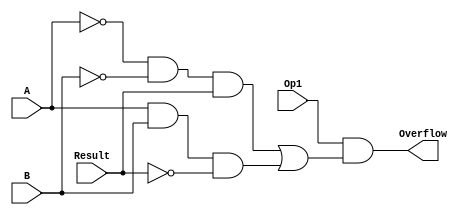
// Copyright (C) 2018  Intel Corporation. All rights reserved.
// Your use of Intel Corporation's design tools, logic functions 
// and other software and tools, and its AMPP partner logic 
// functions, and any output files from any of the foregoing 
// (including device programming or simulation files), and any 
// associated documentation or information are expressly subject 
// to the terms and conditions of the Intel Program License 
// Subscription Agreement, the Intel Quartus Prime License Agreement,
// the Intel FPGA IP License Agreement, or other applicable license
// agreement, including, without limitation, that your use is for
// the sole purpose of programming logic devices manufactured by
// Intel and sold by Intel or its authorized distributors.  Please
// refer to the applicable agreement for further details.

// PROGRAM		"Quartus Prime"
// VERSION		"Version 18.1.0 Build 625 09/12/2018 SJ Lite Edition"
// CREATED		"Sat Nov 21 12:34:12 2020"

module OverflowDetection(
	Op1,
	A,
	B,
	Result,
	Overflow
);


input wire	Op1;
input wire	A;
input wire	B;
input wire	Result;
output wire	Overflow;

wire	SYNTHESIZED_WIRE_0;
wire	SYNTHESIZED_WIRE_1;
wire	SYNTHESIZED_WIRE_2;
wire	SYNTHESIZED_WIRE_3;
wire	SYNTHESIZED_WIRE_4;
wire	SYNTHESIZED_WIRE_5;
wire	SYNTHESIZED_WIRE_6;
wire	SYNTHESIZED_WIRE_7;




assign	SYNTHESIZED_WIRE_3 = A & B;

assign	SYNTHESIZED_WIRE_5 = SYNTHESIZED_WIRE_0 & SYNTHESIZED_WIRE_1;

assign	Overflow = Op1 & SYNTHESIZED_WIRE_2;

assign	SYNTHESIZED_WIRE_7 = SYNTHESIZED_WIRE_3 & SYNTHESIZED_WIRE_4;

assign	SYNTHESIZED_WIRE_6 = SYNTHESIZED_WIRE_5 & Result;

assign	SYNTHESIZED_WIRE_2 = SYNTHESIZED_WIRE_6 | SYNTHESIZED_WIRE_7;

assign	SYNTHESIZED_WIRE_0 =  ~A;

assign	SYNTHESIZED_WIRE_1 =  ~B;

assign	SYNTHESIZED_WIRE_4 =  ~Result;


endmodule